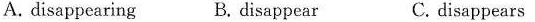
A. disappearing B. disappear C.disappears